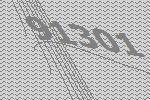
91301